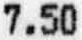
7.50